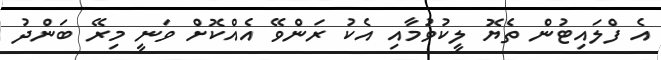
އެ ފްލައިޓުން ތެޔޮ ލީކުވުމާއި އެކު ރަންވޭ އެއްކޮށް ވަނީ މިރޭ ބަންދު